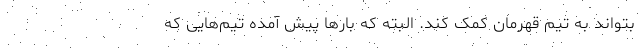
بتواند به تیمِ قهرمان کمک کند. البته که بارها پیش آمده تیم‌هایی که